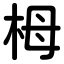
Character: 栂